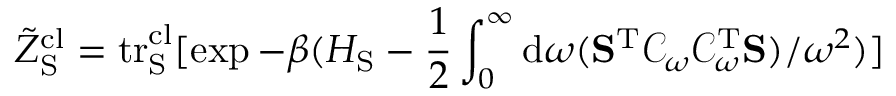
\tilde { Z } _ { \mathrm { S } } ^ { \mathrm { c l } } = \mathrm { t r } _ { \mathrm { S } } ^ { \mathrm { c l } } [ \exp { - \beta ( H _ { \mathrm { S } } - \frac { 1 } { 2 } \int _ { 0 } ^ { \infty } \mathrm { d } \omega ( \mathbf { S } ^ { \mathrm { T } } \mathcal { C } _ { \omega } \mathcal { C } _ { \omega } ^ { \mathrm { T } } \mathbf { S } ) / \omega ^ { 2 } ) } ]